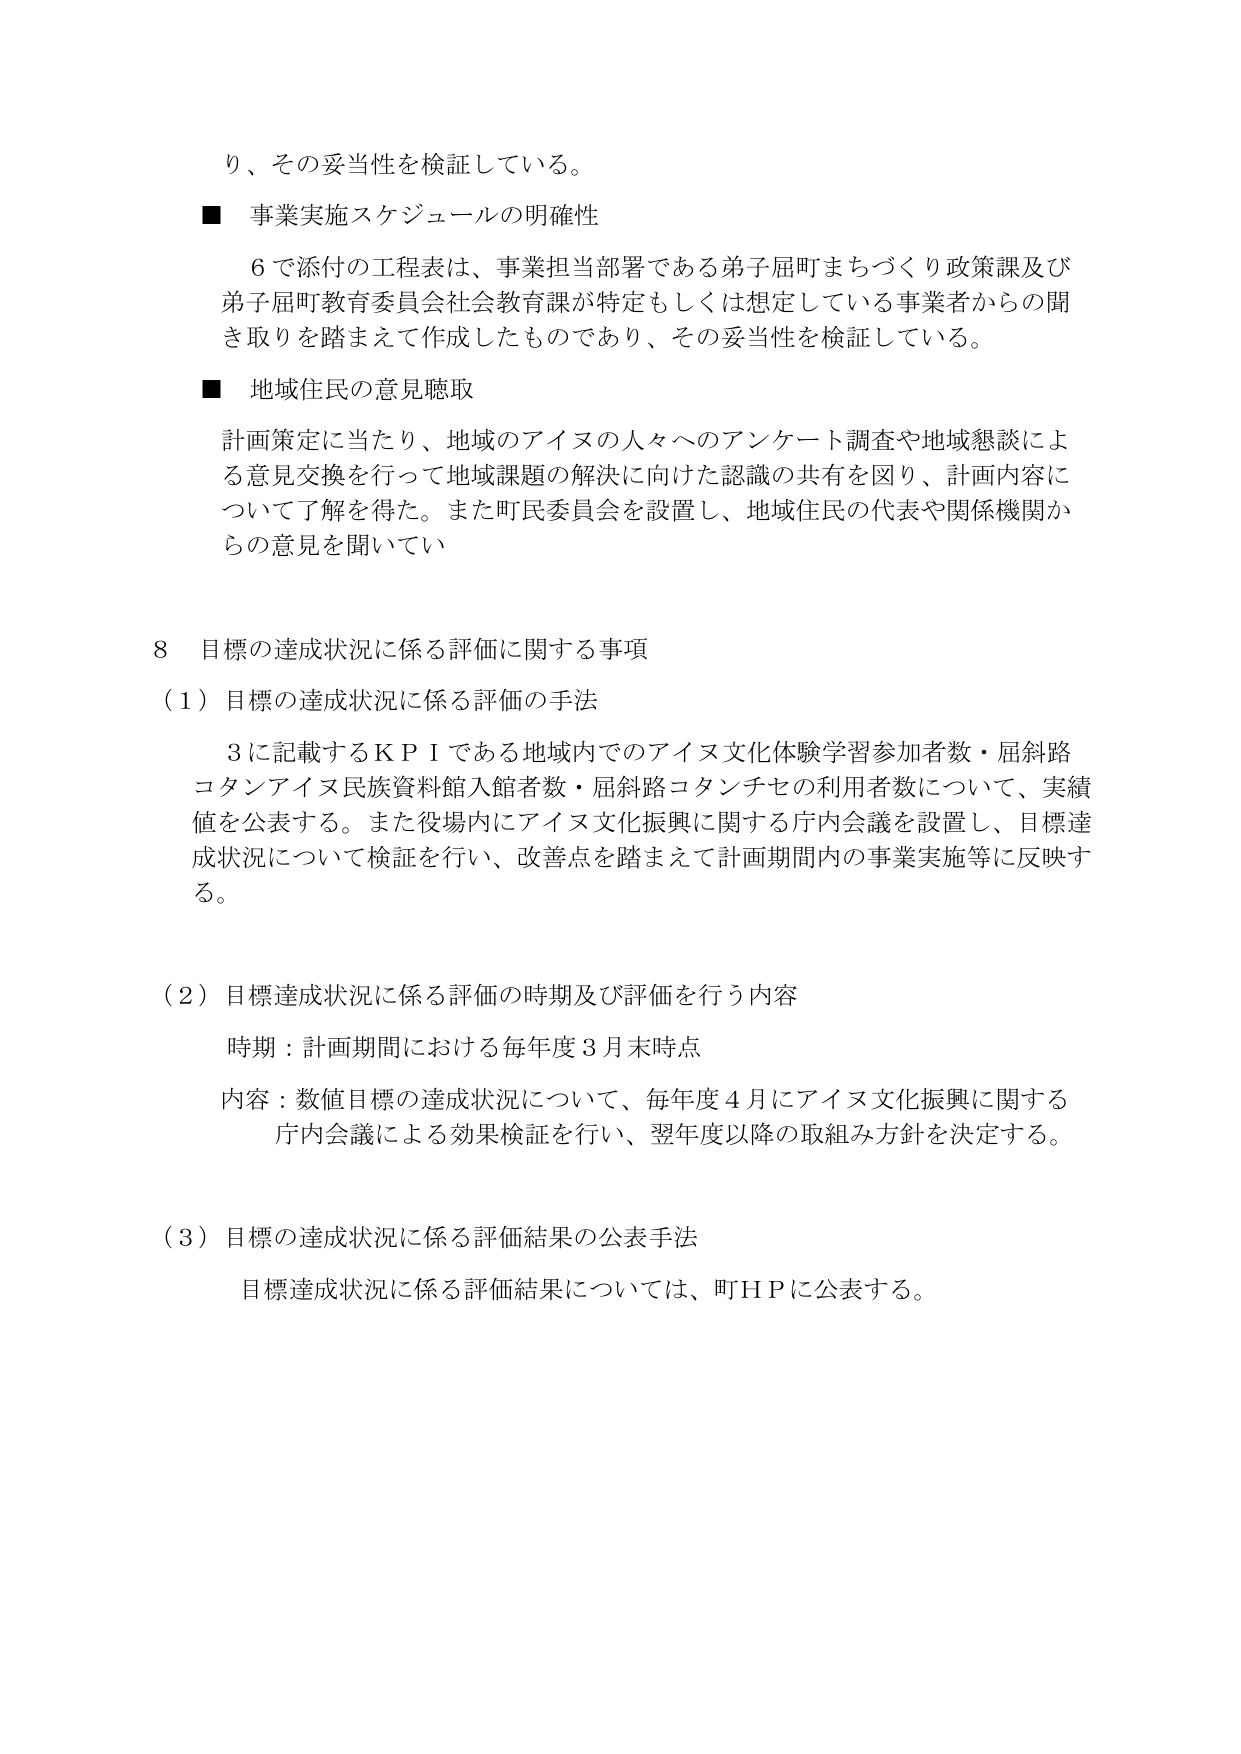
り、その妥当性を検証している。

■ 事業実施スケジュールの明確性
　６で添付の工程表は、事業担当部署である弟子屈町まちづくり政策課及び
弟子屈町教育委員会社会教育課が特定もしくは想定している事業者からの聞
き取りを踏まえて作成したものであり、その妥当性を検証している。

■ 地域住民の意見聴取
計画策定に当たり、地域のアイヌの人々へのアンケート調査や地域懇談によ
る意見交換を行って地域課題の解決に向けた認識の共有を図り、計画内容に
ついて了解を得た。また町民委員会を設置し、地域住民の代表や関係機関か
らの意見を聞いてい

８ 目標の達成状況に係る評価に関する事項

（１）目標の達成状況に係る評価の手法
　３に記載するＫＰＩである地域内でのアイヌ文化体験学習参加者数・屈斜路
コタンアイヌ民族資料館入館者数・屈斜路コタンチセの利用者数について、実績
値を公表する。また役場内にアイヌ文化振興に関する庁内会議を設置し、目標達
成状況について検証を行い、改善点を踏まえて計画期間内の事業実施等に反映す
る。

（２）目標達成状況に係る評価の時期及び評価を行う内容
　時期：計画期間における毎年度３月末時点
　内容：数値目標の達成状況について、毎年度４月にアイヌ文化振興に関する
庁内会議による効果検証を行い、翌年度以降の取組み方針を決定する。

（３）目標の達成状況に係る評価結果の公表手法
　目標達成状況に係る評価結果については、町ＨＰに公表する。